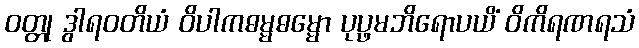
ဝတ္တု ဒွါရဝတိယံ ဝိပါကဓမ္မဓမ္မော ပုပ္ဖမဘိရောပယိံ ဝိကိရဏရသံ